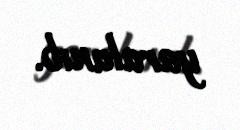
yaralanıb.